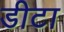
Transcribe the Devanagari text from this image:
डीटा